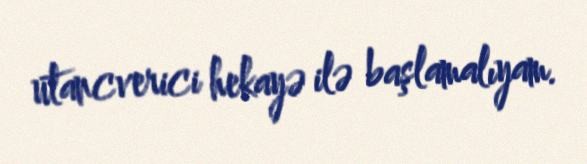
utancverici hekayə ilə başlamalıyam.